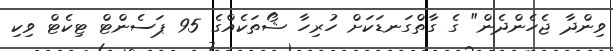
ވިންދާ ޖެހެންދެން" ގެ ގާތްގަނޑަކަށް ހުރިހާ ޝޯތަކެއްގެ 95 ޕަސެންޓް ޓިކެޓް ވިކި